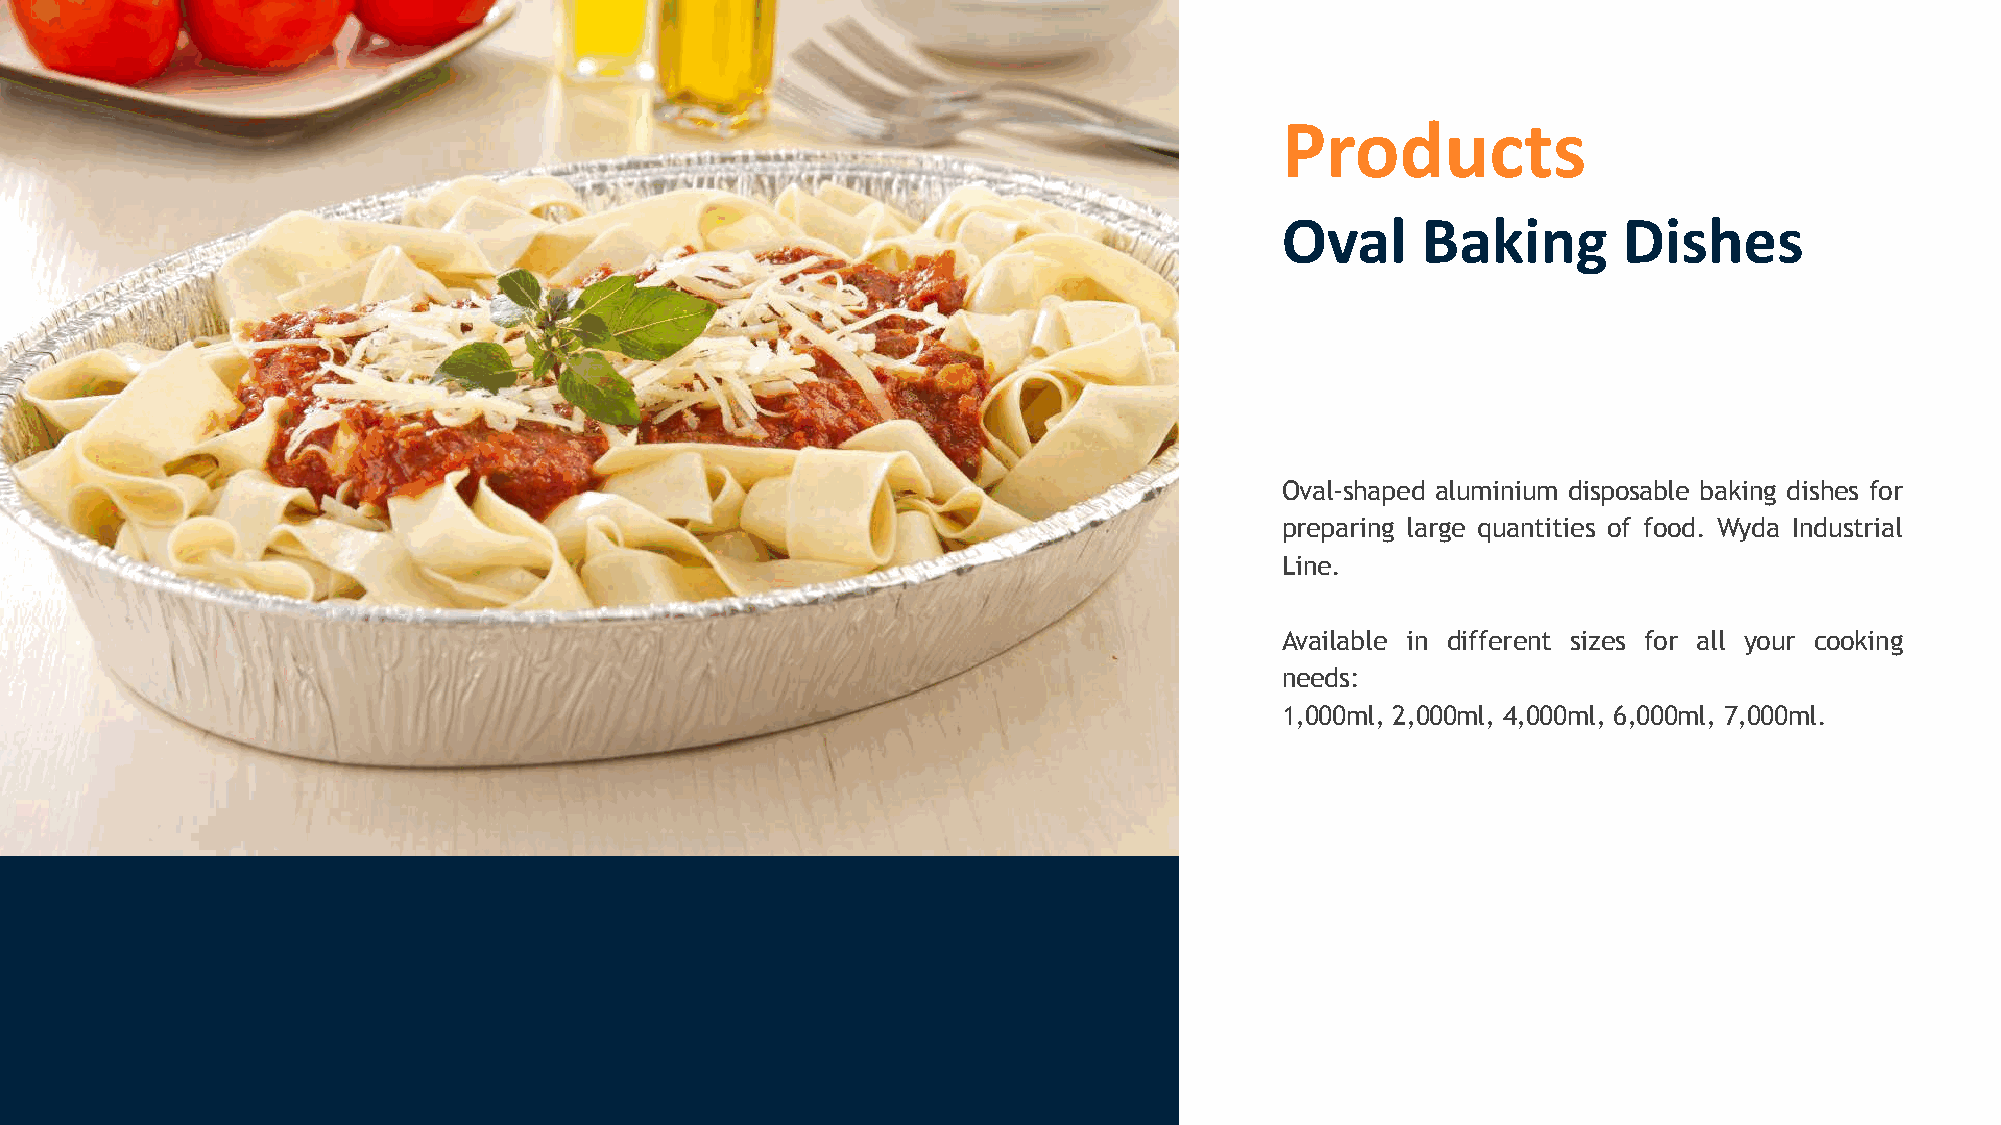
Products
 Oval     Baking       Dishes
 Oval-shaped aluminium disposable baking dishes for
 preparing large quantities of food. Wyda Industrial
 Line.
 Available in different sizes for all your cooking
 needs:
 1,000ml, 2,000ml, 4,000ml, 6,000ml, 7,000ml.